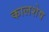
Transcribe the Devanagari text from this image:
कालशेष